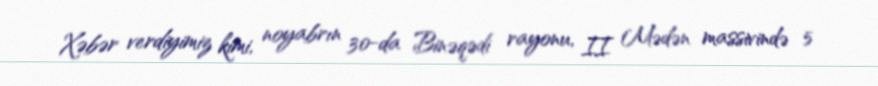
Xəbər verdiyimiz kimi, noyabrın 30-da Binəqədi rayonu, II Mədən massivində 5